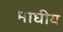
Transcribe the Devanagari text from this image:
माघीय